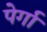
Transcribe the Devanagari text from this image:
पेर्गा